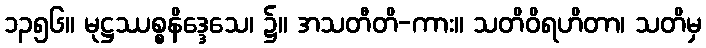
၁၃၅၆။ မုဋ္ဌဿစ္စနိဒ္ဒေသေ၊ ၌။ အသတီတိ-ကား။ သတိဝိရဟိတာ၊ သတိမှ